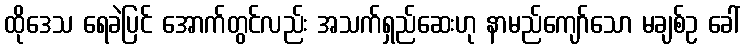
ထိုဒေသ ရေခဲပြင် အောက်တွင်လည်း အသက်ရှည်ဆေးဟု နာမည်ကျော်သော မချစ်ဥ ခေါ်